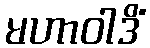
မဟာဝါဒိံ